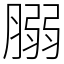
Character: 䐞